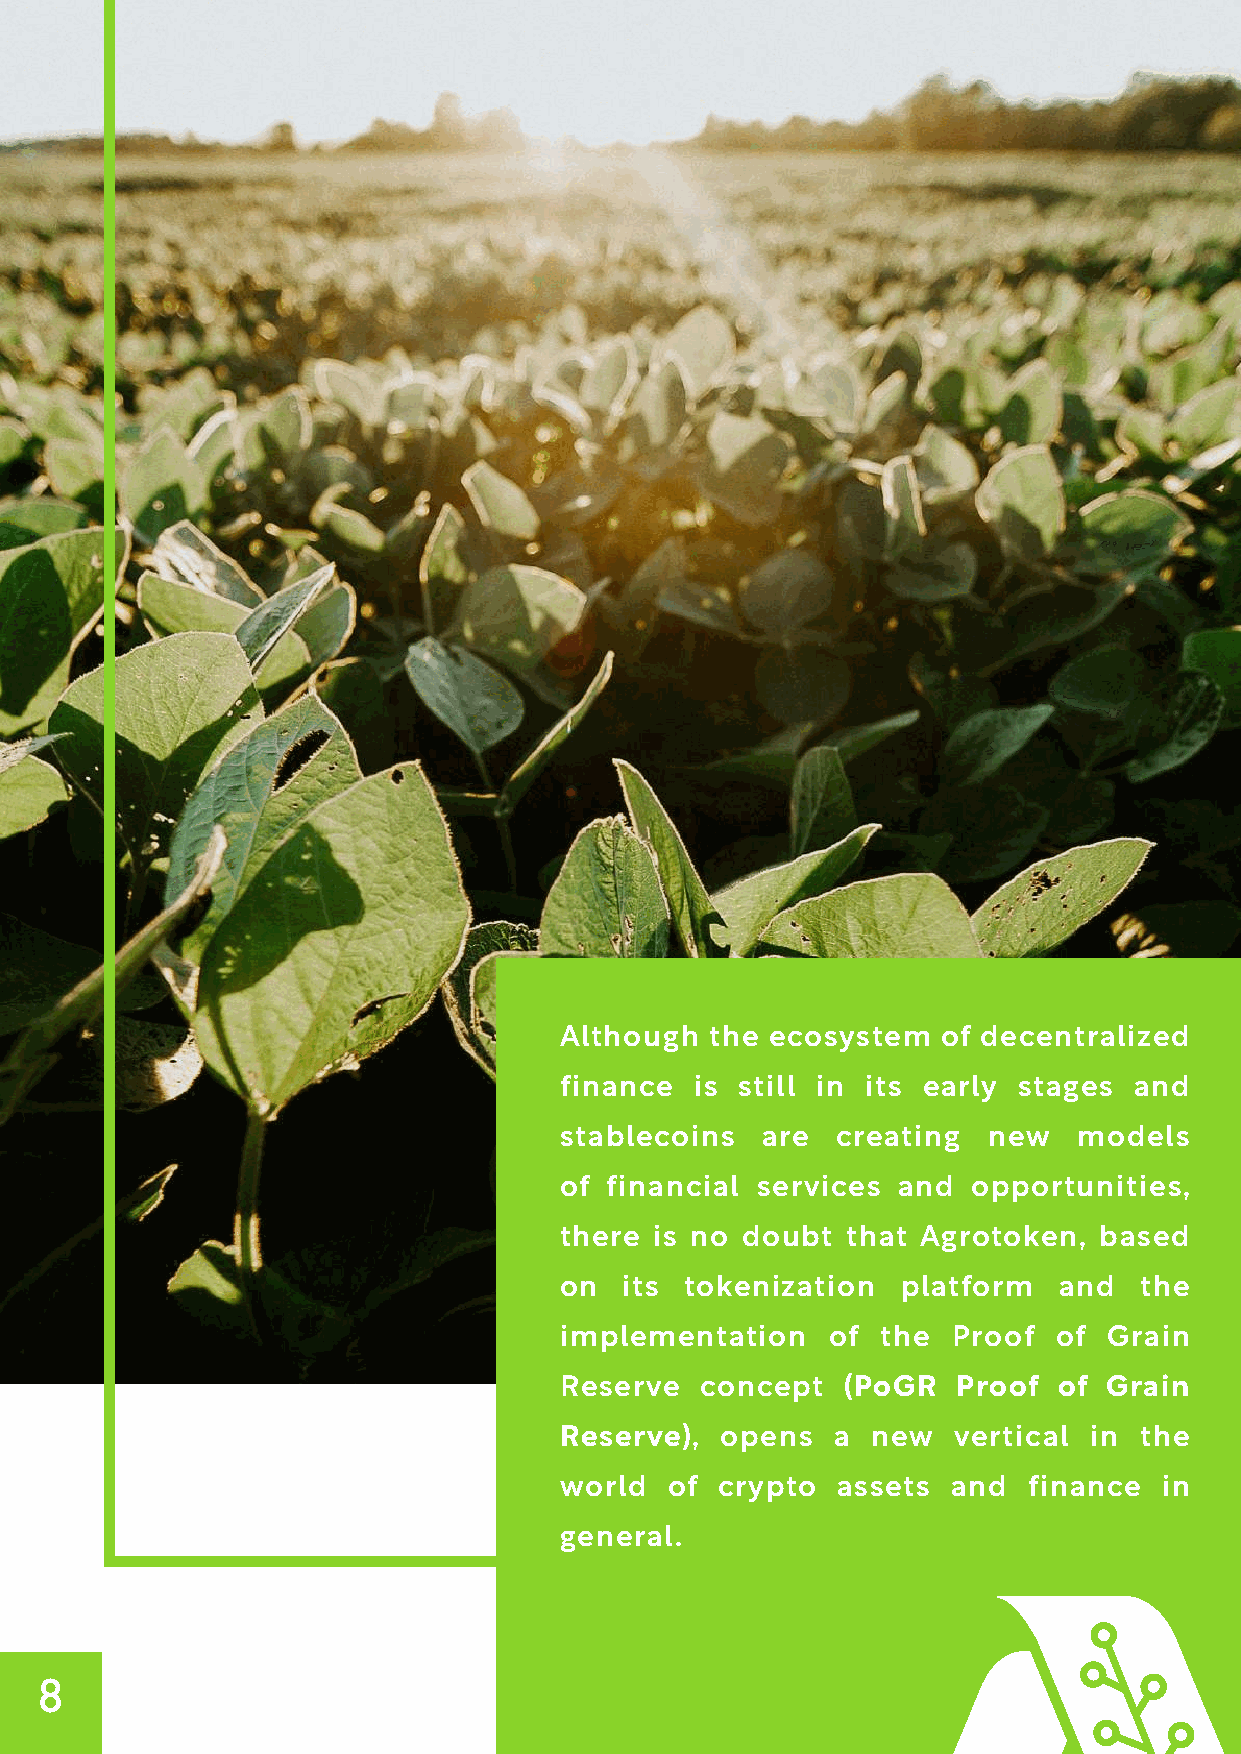
Although  the ecosystem  of decentralized
 finance  is still in its early stages and
 stablecoins  are  creating  new   models
 of financial services and  opportunities,
 there is no doubt  that Agrotoken,  based
 on  its tokenization   platform  and  the
 implementation    of the  Proof  of Grain
 Reserve  concept   (PoGR  Proof  of Grain
 Reserve),  opens  a  new  vertical in the
 world  of crypto  assets  and  finance  in
 general.
 8